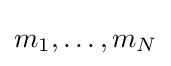
m_{1},\ldots ,m_{N}